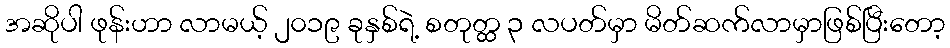
အဆိုပါ ဖုန်းဟာ လာမယ့် ၂၀၁၉ ခုနှစ်ရဲ့ စတုတ္ထ ၃ လပတ်မှာ မိတ်ဆက်လာမှာဖြစ်ပြီးတော့